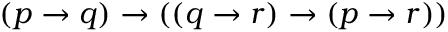
( p \to q ) \to ( ( q \to r ) \to ( p \to r ) )